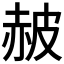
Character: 𧹞